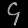
Digit: ၄